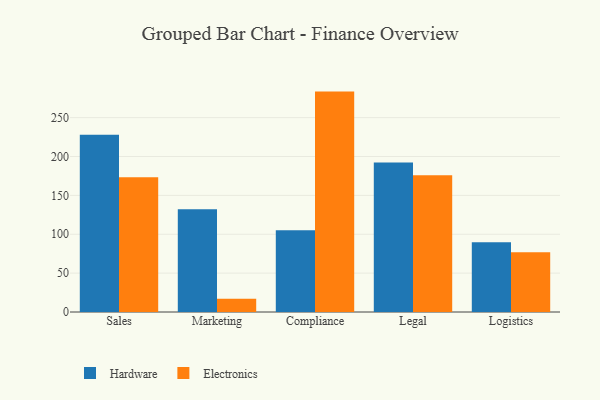
{"axis": {"x": "Department", "y": "Shipments"}, "legend": ["Electronics", "Hardware"], "data": [{"x": "Sales", "y": 228.0, "type": "Hardware"}, {"x": "Sales", "y": 173.2, "type": "Electronics"}, {"x": "Marketing", "y": 132.2, "type": "Hardware"}, {"x": "Marketing", "y": 17.2, "type": "Electronics"}, {"x": "Compliance", "y": 105.0, "type": "Hardware"}, {"x": "Compliance", "y": 283.5, "type": "Electronics"}, {"x": "Legal", "y": 192.2, "type": "Hardware"}, {"x": "Legal", "y": 175.9, "type": "Electronics"}, {"x": "Logistics", "y": 89.7, "type": "Hardware"}, {"x": "Logistics", "y": 76.8, "type": "Electronics"}]}